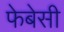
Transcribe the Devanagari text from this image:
फेबेसी